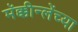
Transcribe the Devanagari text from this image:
मॅक्कीन्लेंच्या